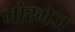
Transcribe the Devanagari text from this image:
मोरगेज